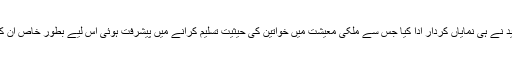
اسی طرح سعودی خواتین کی ڈرائیونگ پر پابندی ختم کرانے میں بھی شہزادہ ولید نے ہی نمایاں کردار ادا کیا جس سے ملکی معیشت میں خواتین کی حیثیت تسلیم کرانے میں پیشرفت ہوئی اس لیے بطور خاص ان کی گرفتاری کو بلاامتیاز اور بے لاگ احتساب کا عملی نمونہ قرار دیا جارہا ہے۔